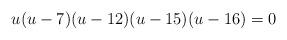
LaTeX: \begin{align*}u(u-7)(u-12)(u-15)(u-16)=0\end{align*}